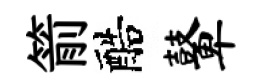
箭醅鼙